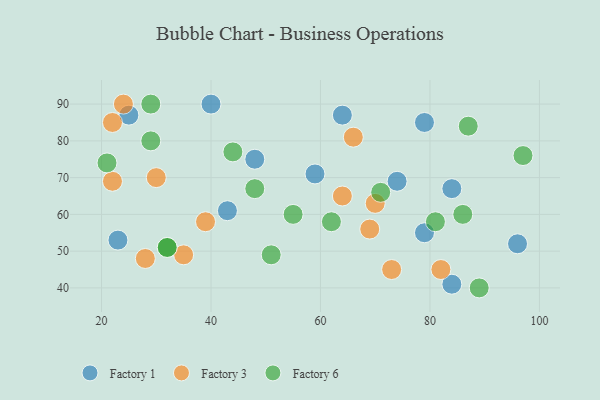
{"axis": {"x": "GDP", "y": "Life Expectancy"}, "legend": ["Factory 1", "Factory 3", "Factory 6"], "data": [{"x": "84", "y": 67, "type": "Factory 1"}, {"x": "40", "y": 90, "type": "Factory 1"}, {"x": "79", "y": 55, "type": "Factory 1"}, {"x": "79", "y": 85, "type": "Factory 1"}, {"x": "74", "y": 69, "type": "Factory 1"}, {"x": "84", "y": 41, "type": "Factory 1"}, {"x": "96", "y": 52, "type": "Factory 1"}, {"x": "43", "y": 61, "type": "Factory 1"}, {"x": "64", "y": 87, "type": "Factory 1"}, {"x": "48", "y": 75, "type": "Factory 1"}, {"x": "25", "y": 87, "type": "Factory 1"}, {"x": "23", "y": 53, "type": "Factory 1"}, {"x": "59", "y": 71, "type": "Factory 1"}, {"x": "66", "y": 81, "type": "Factory 3"}, {"x": "39", "y": 58, "type": "Factory 3"}, {"x": "69", "y": 56, "type": "Factory 3"}, {"x": "73", "y": 45, "type": "Factory 3"}, {"x": "22", "y": 69, "type": "Factory 3"}, {"x": "22", "y": 85, "type": "Factory 3"}, {"x": "28", "y": 48, "type": "Factory 3"}, {"x": "35", "y": 49, "type": "Factory 3"}, {"x": "82", "y": 45, "type": "Factory 3"}, {"x": "64", "y": 65, "type": "Factory 3"}, {"x": "70", "y": 63, "type": "Factory 3"}, {"x": "24", "y": 90, "type": "Factory 3"}, {"x": "30", "y": 70, "type": "Factory 3"}, {"x": "87", "y": 84, "type": "Factory 6"}, {"x": "89", "y": 40, "type": "Factory 6"}, {"x": "32", "y": 51, "type": "Factory 6"}, {"x": "44", "y": 77, "type": "Factory 6"}, {"x": "62", "y": 58, "type": "Factory 6"}, {"x": "51", "y": 49, "type": "Factory 6"}, {"x": "29", "y": 90, "type": "Factory 6"}, {"x": "48", "y": 67, "type": "Factory 6"}, {"x": "97", "y": 76, "type": "Factory 6"}, {"x": "32", "y": 51, "type": "Factory 6"}, {"x": "55", "y": 60, "type": "Factory 6"}, {"x": "71", "y": 66, "type": "Factory 6"}, {"x": "81", "y": 58, "type": "Factory 6"}, {"x": "86", "y": 60, "type": "Factory 6"}, {"x": "21", "y": 74, "type": "Factory 6"}, {"x": "29", "y": 80, "type": "Factory 6"}]}